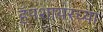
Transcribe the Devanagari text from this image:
हँपशायरच्या